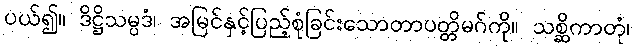
ပယ်၍။ ဒိဋ္ဌိသမ္ပဒံ၊ အမြင်နှင့်ပြည့်စုံခြင်းသောတာပတ္တိမဂ်ကို။ သစ္ဆိကာတုံ၊